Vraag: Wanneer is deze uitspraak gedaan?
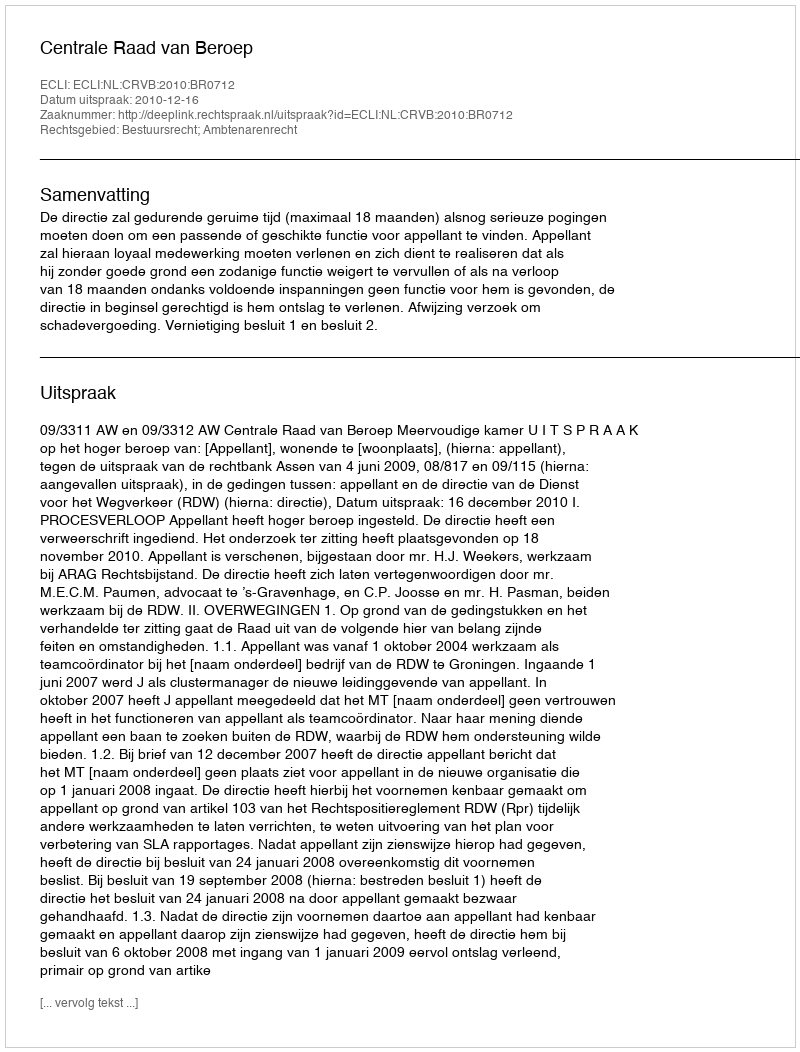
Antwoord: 2010-12-16